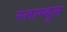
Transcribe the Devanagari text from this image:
स्ताम्बूल